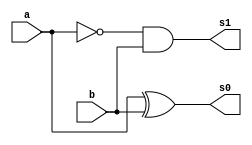
// --Pontificia Universidade Catolica de Minas Gerais
// -- Guia 04_03
// -- Nome: Jessica Luisa Betonico Andradde	Matricula: 412748

module HalfSub (s0,s1,a,b);
input a,b;
output s0,s1;
wire q0;
xor XOR1 (s0,a,b);
not NOT1 (q0,a);
and AND1 (s1,q0,b);
endmodule //fim da construcao do circuito de meia-diferena

module Subtractor (s0,s1,a,b,c);
input a,b,c;
output s0,s1;
wire q0,q1,q2;
HalfSub D1 (q0,q1,a,b);
HalfSub D2 (s0,q2,q0,c);
or OR1 (s1,q1,q2);
endmodule

module TesteSub;
reg a,b,c;
wire s0,s1;
Subtractor D (s0,s1,a,b,c);
initial begin: start
a=0; b=0; c=0;
end

initial begin: main
$display ("Nome: Jessica Luisa Betonico Andradde	Matricula: 412748");
$display ("Circuito Diferena completa ");
$display ("\n a | b | vem um | = | s1 | s0 |");
$monitor (" %b | %b | %6b    | = | %2b | %2b |",a,b,c,s1,s0);
#1 a=0; b=0; c=1;
#1 a=0; b=1; c=0;
#1 a=0; b=1; c=1;
#1 a=1; b=0; c=0;
#1 a=1; b=0; c=1;
#1 a=1; b=1; c=0;
#1 a=1; b=1; c=1;
end
endmodule